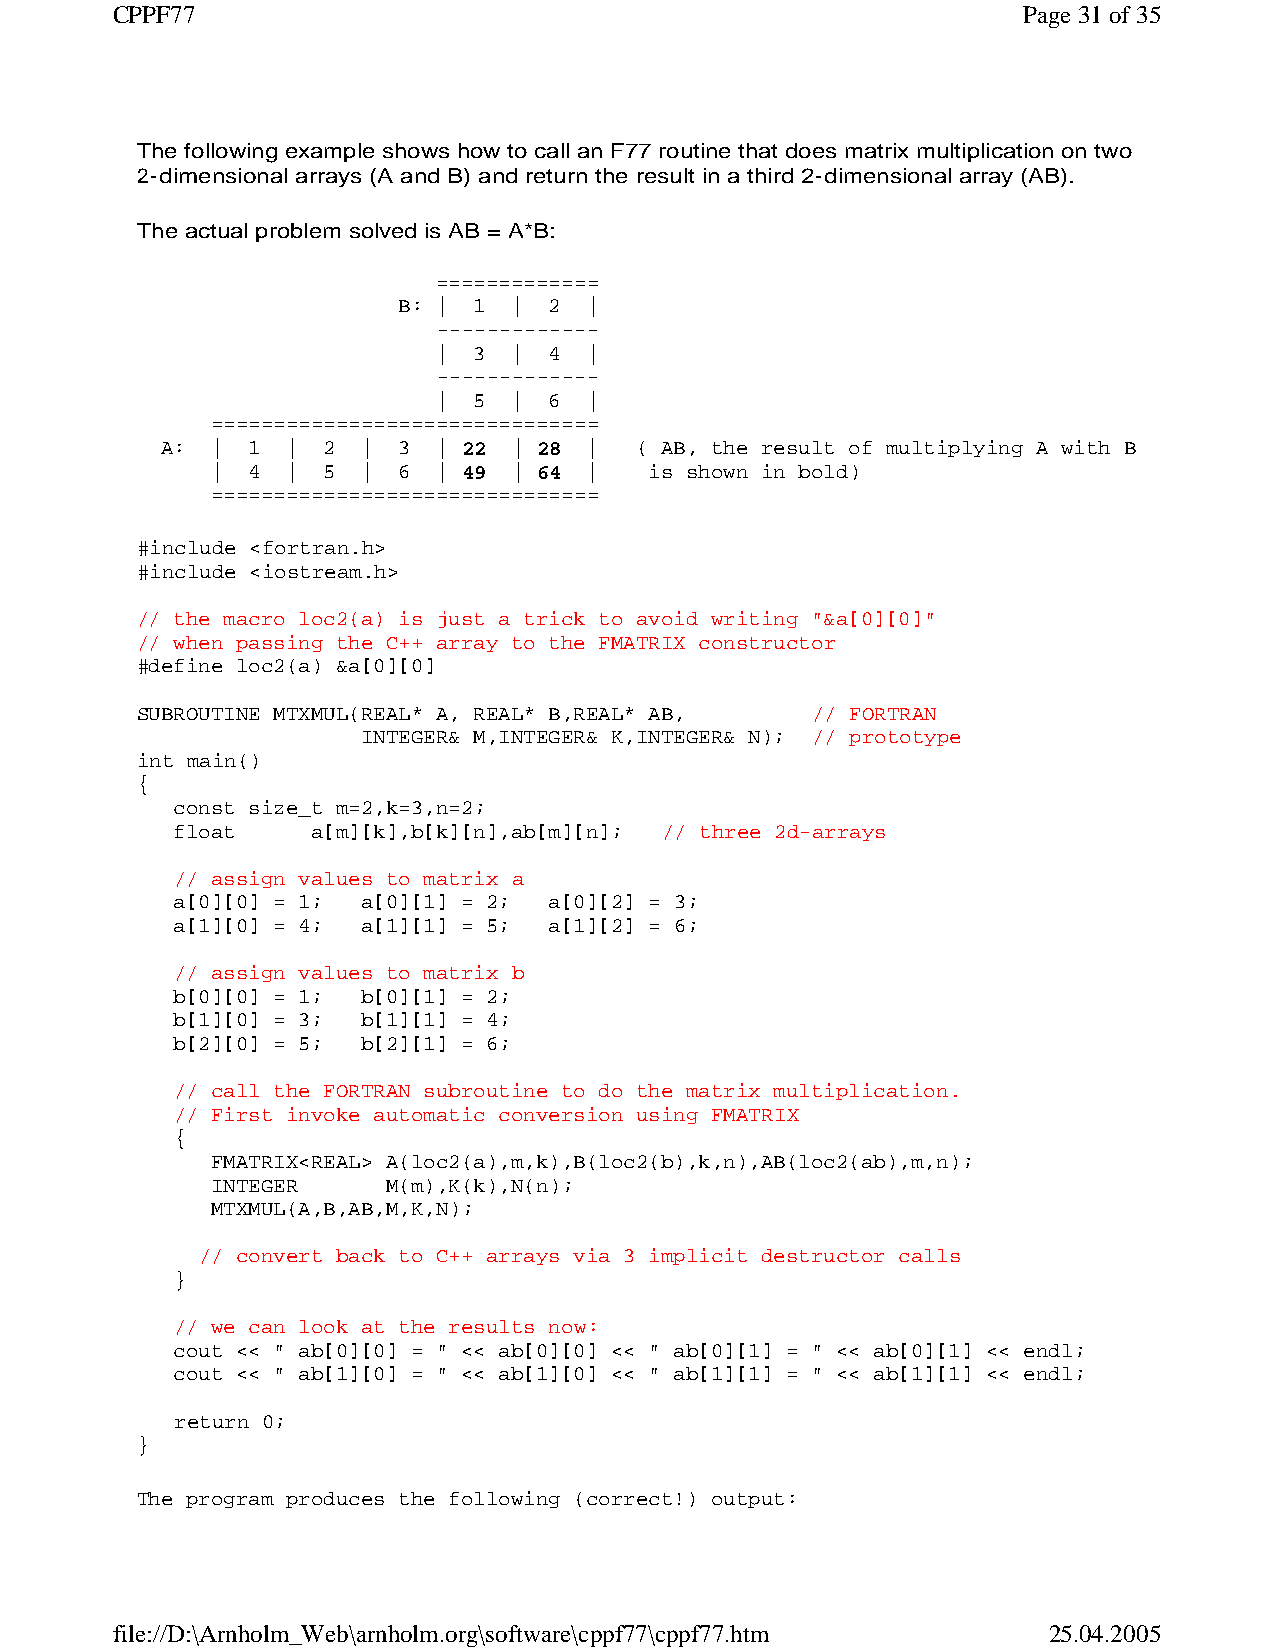
CPPF77                                                       Page 31 of 35
 The following example shows how to call an F77 routine that does matrix multiplication on two
 2-dimensional arrays (A and B) and return the result in a third 2-dimensional array (AB).
 The actual problem solved is AB = A*B:
 =============
 B: | 1  | 2  |
 -------------
 | 3  | 4  |
 -------------
 | 5  | 6  |
 ===============================
 A: | 1  | 2  | 3  | 22 | 28 |  ( AB, the result of multiplying A with B
 | 4  | 5  | 6  | 49 | 64 |   is shown in bold)
 ===============================
 #include <fortran.h>
 #include <iostream.h>
 // the macro loc2(a) is just a trick to avoid writing "&a[0][0]"
 // when passing the C++ array to the FMATRIX constructor
 #define loc2(a) &a[0][0]
 SUBROUTINE MTXMUL(REAL* A, REAL* B,REAL* AB, // FORTRAN
 INTEGER& M,INTEGER& K,INTEGER& N); // prototype
 int main()
 {
 const size_t m=2,k=3,n=2;
 float    a[m][k],b[k][n],ab[m][n]; // three 2d-arrays
 // assign values to matrix a
 a[0][0] = 1; a[0][1] = 2; a[0][2] = 3;
 a[1][0] = 4; a[1][1] = 5; a[1][2] = 6;
 // assign values to matrix b
 b[0][0] = 1; b[0][1] = 2;
 b[1][0] = 3; b[1][1] = 4;
 b[2][0] = 5; b[2][1] = 6;
 // call the FORTRAN subroutine to do the matrix multiplication.
 // First invoke automatic conversion using FMATRIX
 {
 FMATRIX<REAL> A(loc2(a),m,k),B(loc2(b),k,n),AB(loc2(ab),m,n);
 INTEGER     M(m),K(k),N(n);
 MTXMUL(A,B,AB,M,K,N);
 // convert back to C++ arrays via 3 implicit destructor calls
 }
 // we can look at the results now:
 cout << " ab[0][0] = " << ab[0][0] << " ab[0][1] = " << ab[0][1] << endl;
 cout << " ab[1][0] = " << ab[1][0] << " ab[1][1] = " << ab[1][1] << endl;
 return 0;
 }
 The program produces the following (correct!) output:
 file://D:\Arnholm_Web\arnholm.org\software\cppf77\cppf77.htm  25.04.2005